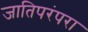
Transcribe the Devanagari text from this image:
जातिपरंपरा